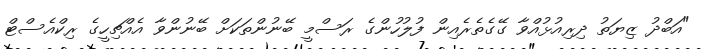
"އަބްދު ޒިޔަތު ދިރިއުޅުއްވާ ގޭގެތެރެއިން ފުލުހުންގެ ރަސްމީ ބޭނުންތަކަށް ބޭނުންވާ އެއްޗިހީގެ ރިކްއެސްޓް